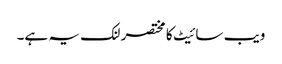
ویب سائیٹ کا مختصر لنک یہ ہے۔